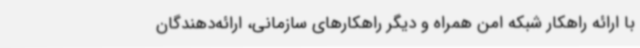
با ارائه راهکار شبکه امن همراه و دیگر راهکارهای سازمانی، ارائه‌دهندگان